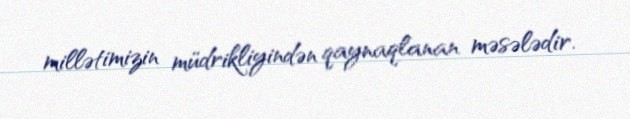
millətimizin müdrikliyindən qaynaqlanan məsələdir.